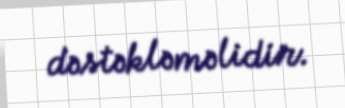
dəstəkləməlidir.